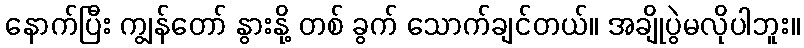
နောက်ပြီး ကျွန်တော် နွားနို့ တစ် ခွက် သောက်ချင်တယ်။ အချိုပွဲမလိုပါဘူး။